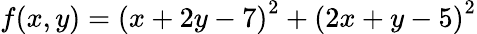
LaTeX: f(x,y)=\left(x+2y-7\right)^{2}+\left(2x+y-5\right)^{2}